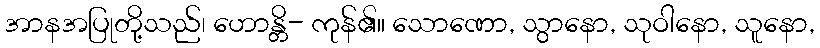
အာနအပြုတို့သည်၊ ဟောန္တိ- ကုန်၏။ သောဏော, သွာနော, သုဝါနော, သူနော,